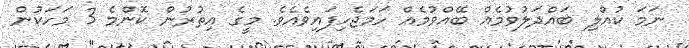
ނަމަ ކުއްލި ބައްދަލުވުމެއް ބޭއްވުމެއް ހަމަޖެހިފައިވެއެވެ. މީގެ އިތުރުން ކޮންމެ 3 މަހަކުން